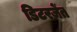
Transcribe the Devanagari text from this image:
डिटरजेंत